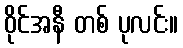
ဝိုင်အနီ တစ် ပုလင်း။